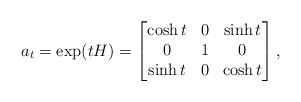
\begin{align*}a_t=\exp(tH)=\begin{bmatrix}\cosh t & 0 & \sinh t \\ 0 & 1 & 0\\ \sinh t & 0 & \cosh t\end{bmatrix},\end{align*}